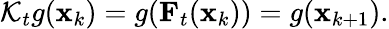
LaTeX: \begin{array}{r}{\mathcal{K}_{t}g({\mathbf x}_{k})=g({\mathbf F}_{t}({\mathbf x}_{k}))=g({\mathbf x}_{k+1}).}\end{array}